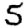
Digit: 5